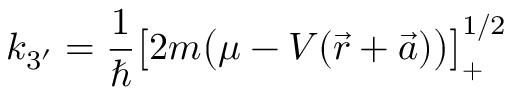
{ k _ { 3 ^ { \prime } } = \frac { 1 } { \hbar } \big [ 2 m \big ( \mu - V ( \vec { r } + \vec { a } ) \big ) \big ] _ { + } ^ { 1 / 2 } }